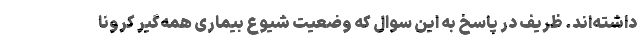
داشته‌اند. ظریف در پاسخ به این سوال که وضعیت شیوع بیماری همه‌گیر کرونا